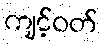
ကျင့်ဝတ်